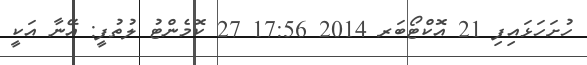
ހުށަހަޅައިފި 21 އޮކްޓޯބަރ 2014 17:56 27 ކޮމެންޓު ލުތުފީ: އޭނާ އަކީ